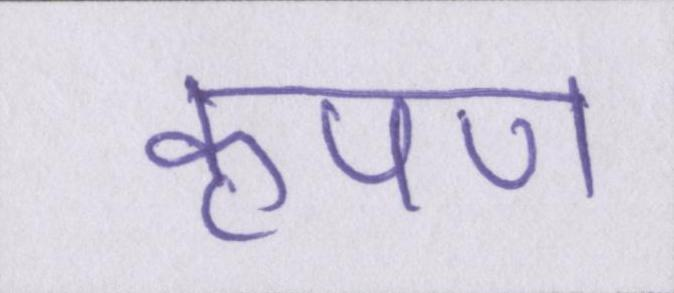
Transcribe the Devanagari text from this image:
कृपण